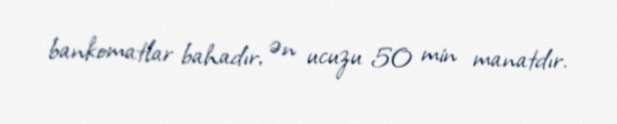
bankomatlar bahadır, ən ucuzu 50 min manatdır.